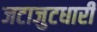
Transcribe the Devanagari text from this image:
जटाजुटधारी